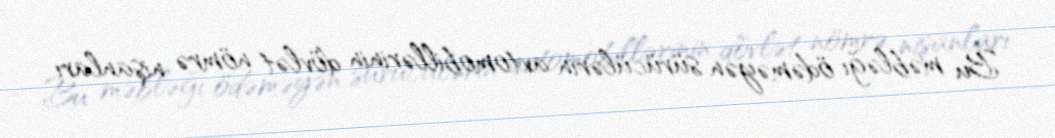
Bu məbləğı ödəməyən sürücülərin avtomobillərinin dövlət nömrə nişanları